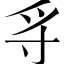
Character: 寽